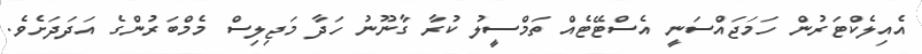
އެއިލެކްޓަރުން ހަމަޖައްސަނީ އެސްޓޭޓެއް ތަމްސީލު ކުރާ ގާނޫނު ހަދާ މަޖިލިސް މެމްބަރުންގެ އަދަދަށެވެ.